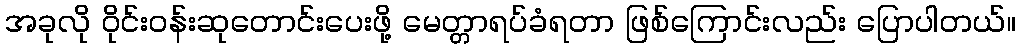
အခုလို ဝိုင်းဝန်းဆုတောင်းပေးဖို့ မေတ္တာရပ်ခံရတာ ဖြစ်ကြောင်းလည်း ပြောပါတယ်။